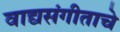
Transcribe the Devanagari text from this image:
वाद्यसंगीताचे